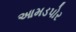
આમડપોર